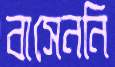
বাসেননি